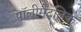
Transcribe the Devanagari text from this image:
पॉलीमैटलिक